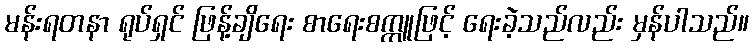
မန်းရတနာ ရုပ်ရှင် ဖြန့်ချိရေး စာရေးစက္ကူဖြင့် ရေးခဲ့သည်လည်း မှန်ပါသည်။